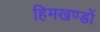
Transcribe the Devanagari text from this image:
हिमखण्डों